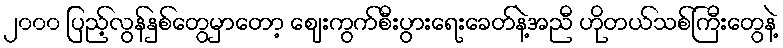
၂၀၀၀ ပြည့်လွန်နှစ်တွေမှာတော့ ဈေးကွက်စီးပွားရေးခေတ်နဲ့အညီ ဟိုတယ်သစ်ကြီးတွေနဲ့